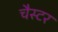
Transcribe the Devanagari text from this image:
चैस्टर